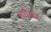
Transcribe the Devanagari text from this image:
शासिन